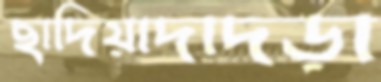
ছাদিয়াদাদড়া